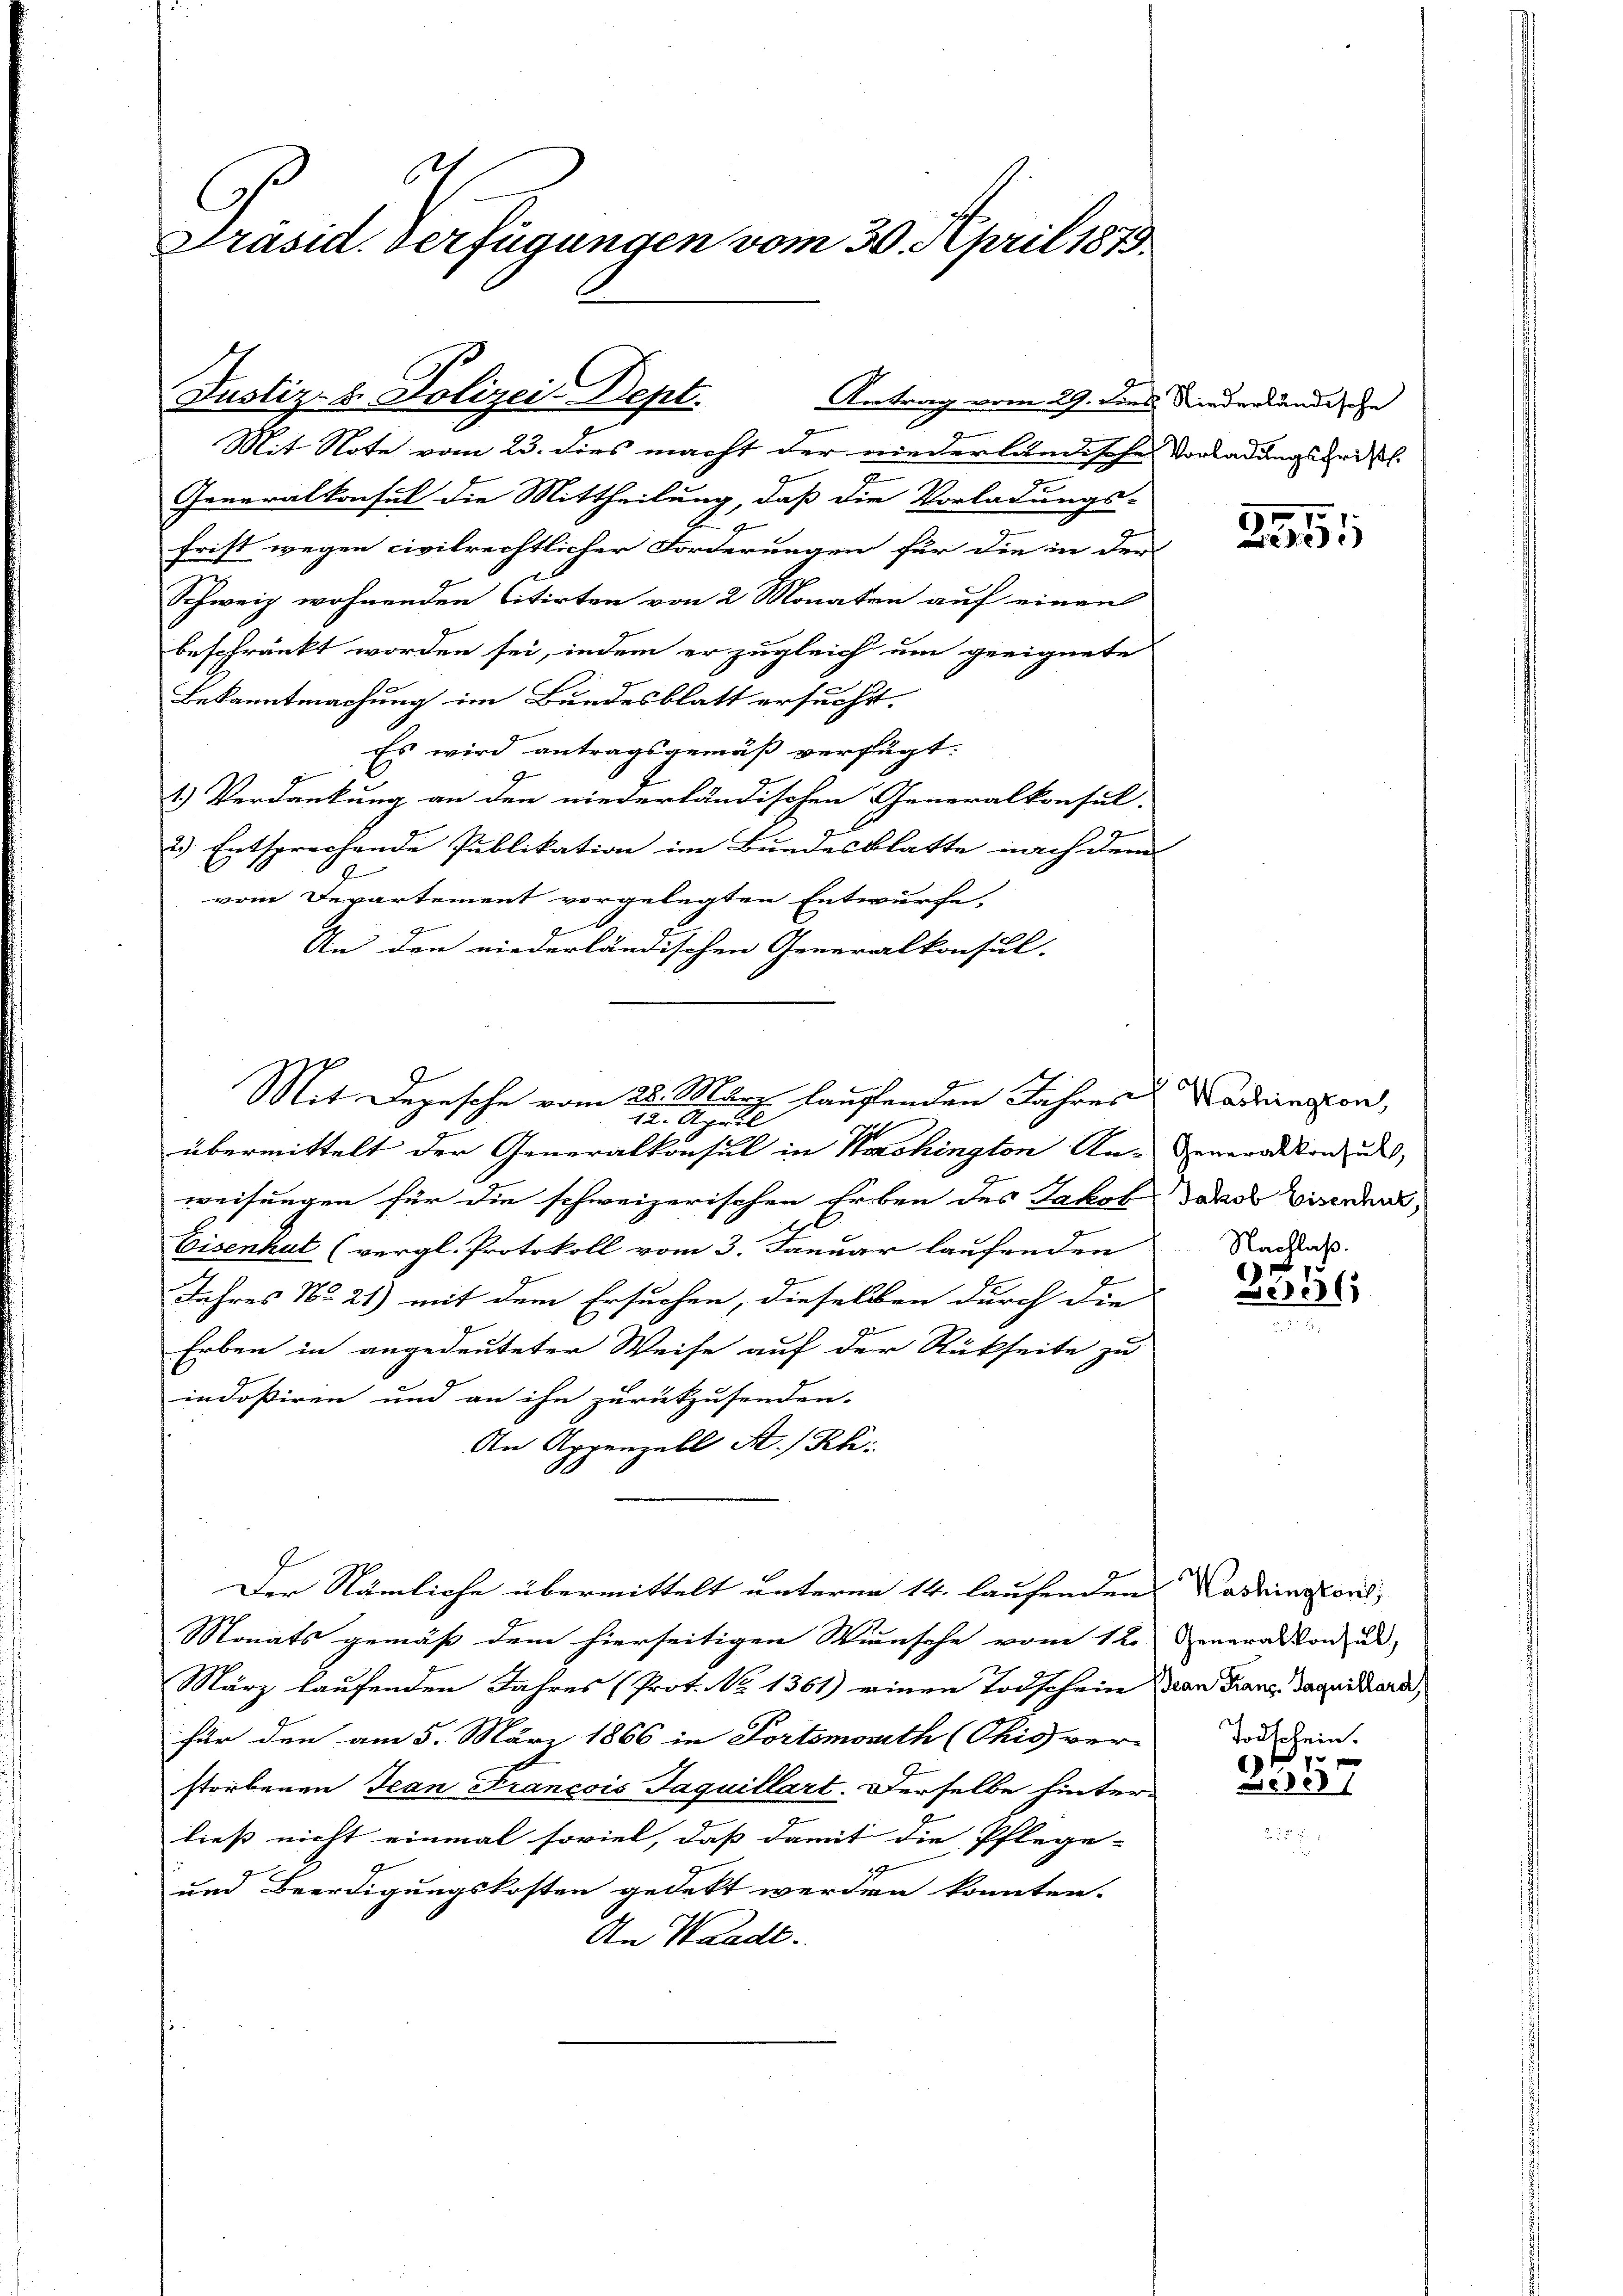
Mit Note vom 23. dies macht der niederländische Vorladungsfristl.
Generalkonsul die Mittheilung, daß die Vorladungs-
frist wegen civilrechtlicher Forderungen für die in der
Schweiz wohnenden Citirten von 2 Monaten auf einen
beschränkt worden sei, indem er zugleich um geeignete
Bekanntmachung im Bundesblatt ersucht.
Es wird antragsgemäß verfügt:
2.) Verdankung an den niederländischen Generalkonsul-
2. Entsprechende Publikation im Bundesblatte nach dem
vom Departement vorgelegten Entwurfe.
An den niederländischen Generalkonsul-

.
Präsid. Verfügungen vom 30. April 1879.

Justiz- & Polizei Dept.
Antrag vom 29. dies Niederländische
e
B

Mit Depesche vom 28. März laufenden Jahres Madrieston,
12. April

übermittelt der Generalkonsul in Washington An- Generodikon u
weisungen für die schweizerischen Erben des Jakob
Eisenhut (vergl. Protokoll vom 3. Januar laufenden Raddas.
Jahres No 21) mit dem Ersuchen, dieselben durch die
Erben in angedeuteter Weise auf der Rückseite zu
indosiren und an ihn zurückzusenden.
An Appenzell A.-Rh.
Der Nämliche übermittelt unterm 14. laufenden Kadringtons,
Monats gemäß dem hierseitigen Wunsche vom 12. eneralkon und
März laufenden Jahres (Prot. No 1361) einen Todschein von Franz Jaquiliard,
für den am 5. März 1866 in Portemonith (Chis ver-
storbenen Jean Francois Jaquillart. Derselbe hinters
dieß nicht einmal soviel, daß damit die Pflege-
und Beerdigungskosten gedekt werden konnten.
An Waadt.

2511

Jakob Eisenhut,

1
e

Todschein.

.
257